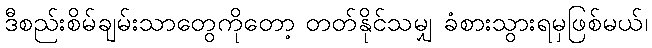
ဒီစည်းစိမ်ချမ်းသာတွေကိုတော့ တတ်နိုင်သမျှ ခံစားသွားရမှဖြစ်မယ်၊